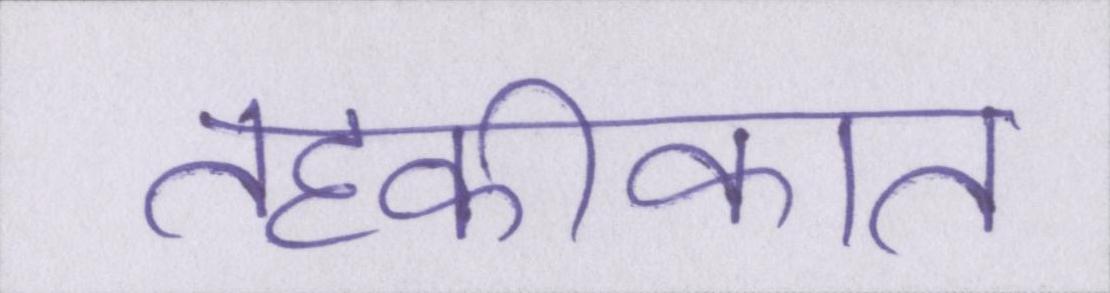
तहकीकात